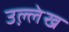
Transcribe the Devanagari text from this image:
उल्ले़ख